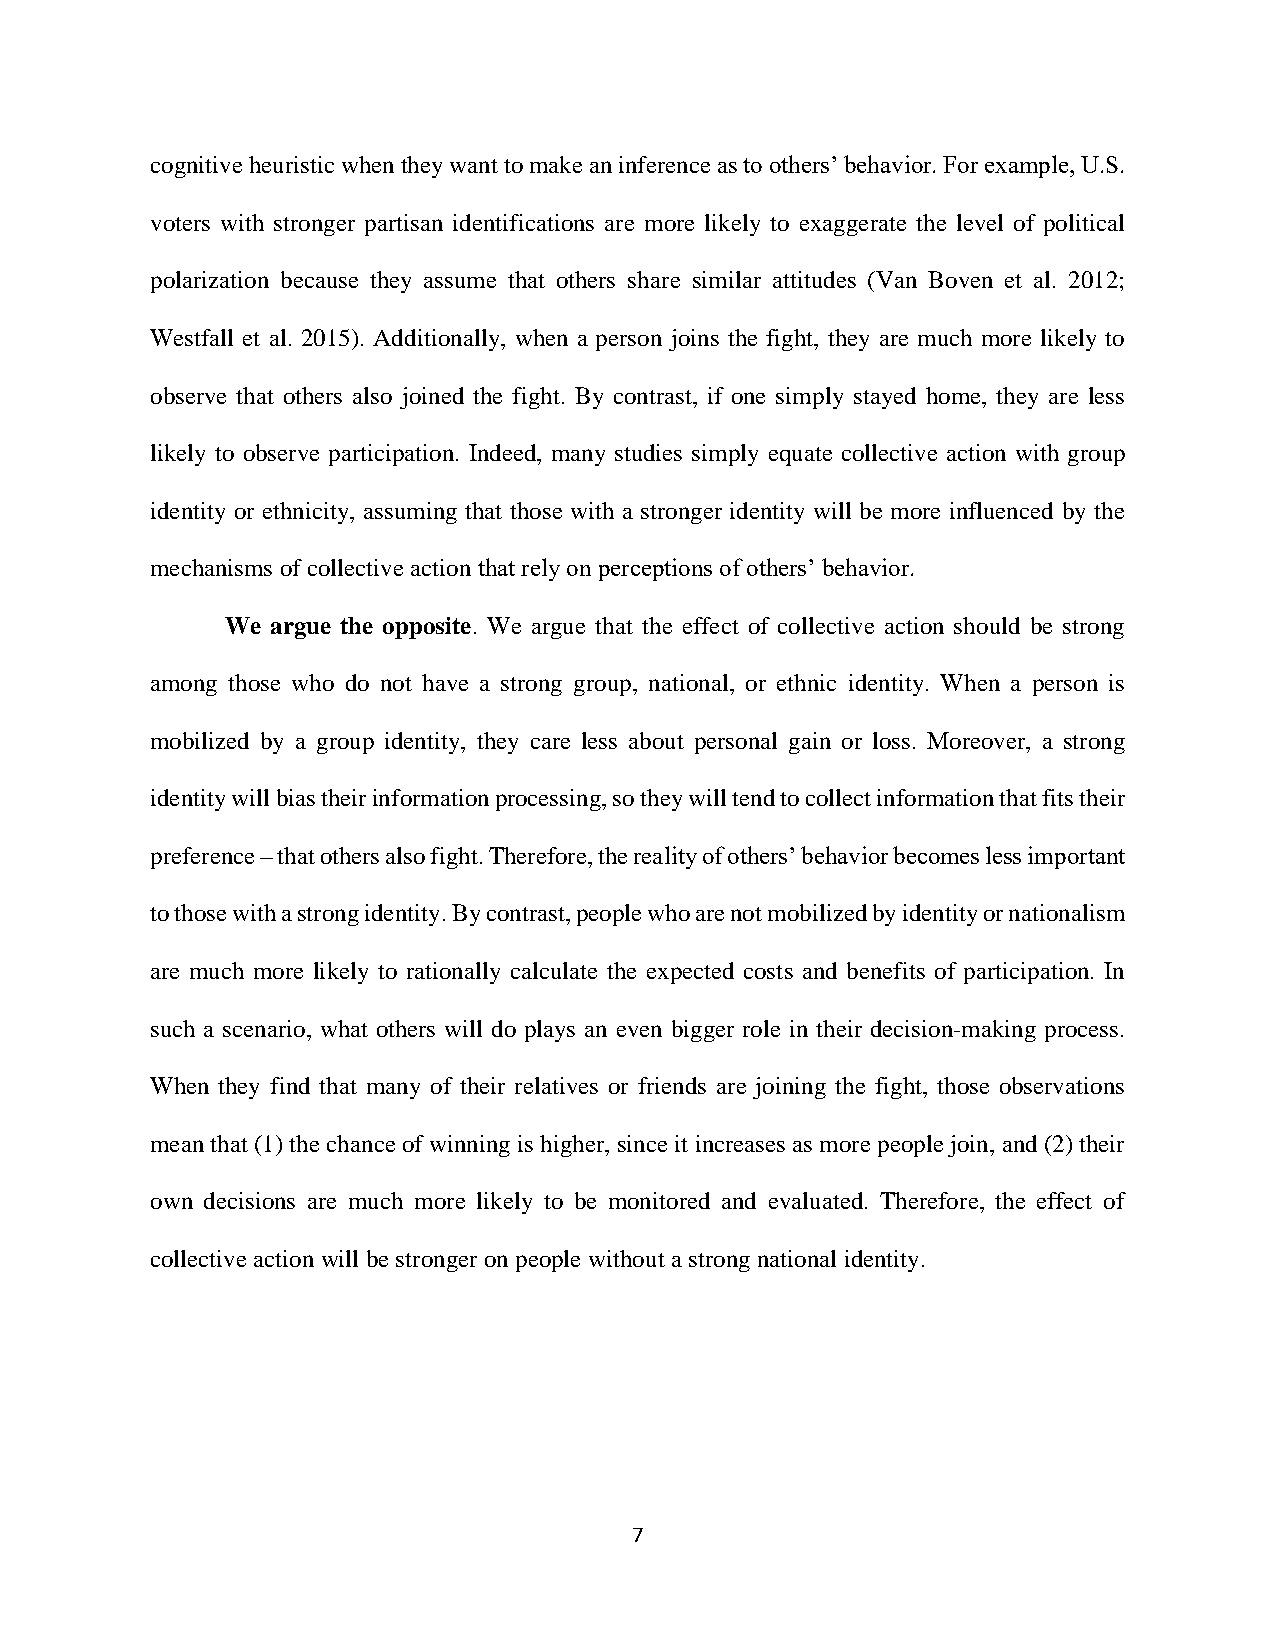
cognitive heuristic when they want to make an inference as to others’ behavior. For example, U.S.
 voters with stronger partisan identifications are more likely to exaggerate the level of political
 polarization because they assume that others share similar attitudes (Van Boven et al. 2012;
 Westfall et al. 2015). Additionally, when a person joins the fight, they are much more likely to
 observe that others also joined the fight. By contrast, if one simply stayed home, they are less
 likely to observe participation. Indeed, many studies simply equate collective action with group
 identity or ethnicity, assuming that those with a stronger identity will be more influenced by the
 mechanisms of collective action that rely on perceptions of others’ behavior.
 We argue the opposite. We argue that the effect of collective action should be strong
 among those who do not have a strong group, national, or ethnic identity. When a person is
 mobilized by a group identity, they care less about personal gain or loss. Moreover, a strong
 identity will bias their information processing, so they will tend to collect information that fits their
 preference – that others also fight. Therefore, the reality of others’ behavior becomes less important
 to those with a strong identity. By contrast, people who are not mobilized by identity or nationalism
 are much more likely to rationally calculate the expected costs and benefits of participation. In
 such a scenario, what others will do plays an even bigger role in their decision-making process.
 When they find that many of their relatives or friends are joining the fight, those observations
 mean that (1) the chance of winning is higher, since it increases as more people join, and (2) their
 own decisions are much more likely to be monitored and evaluated. Therefore, the effect of
 collective action will be stronger on people without a strong national identity.
 7